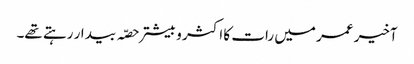
آخیر عمر میں رات کا اکثر و بیشتر حصّہ بیدار رہتے تھے۔